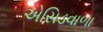
એસિડવાળા